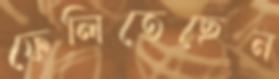
ফেলিতেছেন